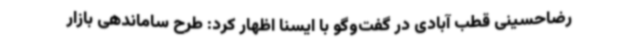
رضاحسینی قطب آبادی در گفت‌وگو با ایسنا اظهار کرد: طرح ساماندهی بازار